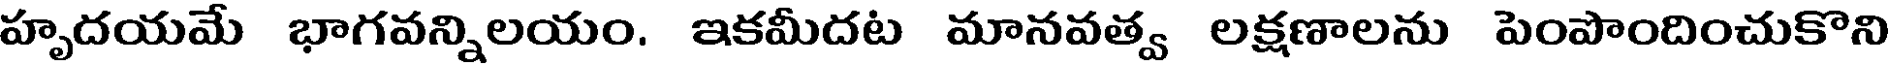
హృదయమే భాగవన్నిలయం. ఇకమీదట మానవత్వ లక్షణాలను పెంపొందించుకొని